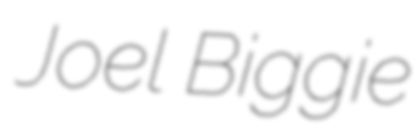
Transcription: Joel Biggie